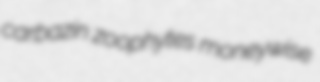
carbazin zoophytes moneywise